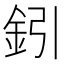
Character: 鈏